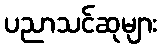
ပညာသင်ဆုများ